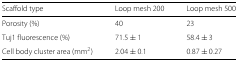
<table><thead><tr><td><b>Scaffold type</b></td><td><b>Loop mesh 200</b></td><td><b>Loop mesh 500</b></td></tr></thead><tbody><tr><td>Porosity (%)</td><td>40</td><td>23</td></tr><tr><td>Tuj1 fluorescence (%)</td><td>71.5 ± 1</td><td>58.4 ± 3</td></tr><tr><td>Cell body cluster area (mm<sup>2</sup>)</td><td>2.04 ± 0.1</td><td>0.87 ± 0.27</td></tr></tbody></table>